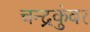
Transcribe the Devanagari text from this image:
चन्द्रकुंवर